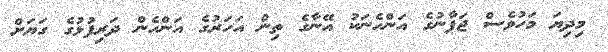
މިދިޔަ މަހުވެސް ޖަޕާނުގެ އަންހެނަކު އޭނާގެ ތިން އަހަރުގެ އަންހެން ދަރިފުޅުގެ ގަޔަށް